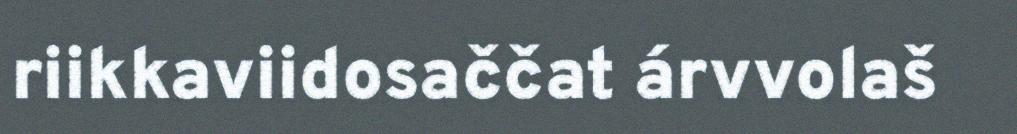
riikkaviidosaččat árvvolaš